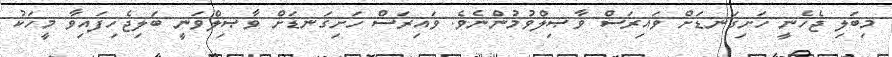
މިބަލި ޖެހެނީ ހަށިގަނޑަށް ވައިރަސް ވާޞިލްވުމުންނެވެ. ވައިރަސް ހަށިގަނޑަށް ވާޞިލްވަނީ ބަލިޖެހިފައިވާ މީހަކު